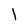
Character: l